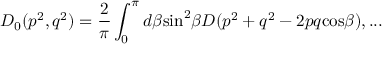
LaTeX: D _ { 0 } ( p ^ { 2 } , q ^ { 2 } ) = \frac { 2 } { \pi } \int _ { 0 } ^ { \pi } d \beta \mathrm { s i n } ^ { 2 } \beta D ( p ^ { 2 } + q ^ { 2 } - 2 p q \mathrm { c o s } \beta ) , . . .